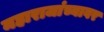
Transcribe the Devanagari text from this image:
महाराजांच्यावर